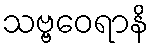
သဗ္ဗဝေရာနိ